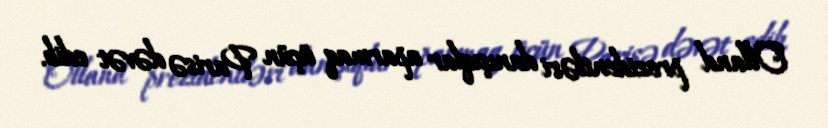
Olland prezidentləri danışıqlar aparmaq üçün Parisə dəvət edib.